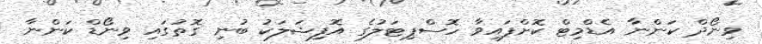
ވިނޯދް ކަންނާ އެޑްމިޓް ކޮށްފައިވާ ހޮސްޕިޓަލުގެ އޮފިޝަލަކު ބުނި ގޮތުގައި ވިނޯޑް ކަންނާ